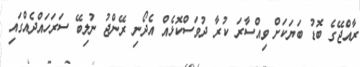
ރާއްޖޭގެ ބޮޑު ބަޔަކަށް ވިއްސާރަ ކުރާ ދުވަސްކޮޅެއް އެދޯނި ރޭންޖު ނުލިބޭ ސަރަހައްދެއްގައި